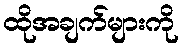
ထိုအချက်များကို